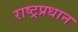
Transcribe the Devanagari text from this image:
राष्ट्रप्रधान